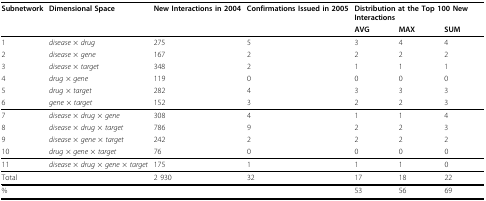
<table><thead><tr><td><b>Subnetwork</b></td><td><b>Dimensional Space</b></td><td><b>New Interactions in 2004</b></td><td><b>Confirmations Issued in 2005</b></td><td colspan="3"><b>Distribution at the Top 100 New Interactions</b></td></tr><tr><td></td><td></td><td></td><td></td><td><b>AVG</b></td><td><b>MAX</b></td><td><b>SUM</b></td></tr></thead><tbody><tr><td>1</td><td><i>disease</i> × <i>drug</i></td><td>275</td><td>5</td><td>3</td><td>4</td><td>4</td></tr><tr><td>2</td><td><i>disease</i> × <i>gene</i></td><td>167</td><td>2</td><td>2</td><td>2</td><td>2</td></tr><tr><td>3</td><td><i>disease</i> × <i>target</i></td><td>348</td><td>2</td><td>1</td><td>1</td><td>1</td></tr><tr><td>4</td><td><i>drug</i> × <i>gene</i></td><td>119</td><td>0</td><td>0</td><td>0</td><td>0</td></tr><tr><td>5</td><td><i>drug</i> × <i>target</i></td><td>282</td><td>4</td><td>3</td><td>3</td><td>3</td></tr><tr><td>6</td><td><i>gene</i> × <i>target</i></td><td>152</td><td>3</td><td>2</td><td>2</td><td>3</td></tr><tr><td>7</td><td><i>disease</i> × <i>drug</i> × <i>gene</i></td><td>308</td><td>4</td><td>1</td><td>1</td><td>4</td></tr><tr><td>8</td><td><i>disease</i> × <i>drug</i> × <i>target</i></td><td>786</td><td>9</td><td>2</td><td>2</td><td>3</td></tr><tr><td>9</td><td><i>disease</i> × <i>gene</i> × <i>target</i></td><td>242</td><td>2</td><td>2</td><td>2</td><td>2</td></tr><tr><td>10</td><td><i>drug</i> × <i>gene</i> × <i>target</i></td><td>76</td><td>0</td><td>0</td><td>0</td><td>0</td></tr><tr><td>11</td><td><i>disease</i> × <i>drug</i> × <i>gene</i> × <i>target</i></td><td>175</td><td>1</td><td>1</td><td>1</td><td>0</td></tr><tr><td>Total</td><td></td><td>2 930</td><td>32</td><td>17</td><td>18</td><td>22</td></tr><tr><td>%</td><td></td><td></td><td></td><td>53</td><td>56</td><td>69</td></tr></tbody></table>